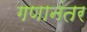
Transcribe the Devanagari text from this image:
गणानंतर